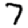
Digit: 7